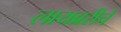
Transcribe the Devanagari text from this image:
लायब्ररीचे